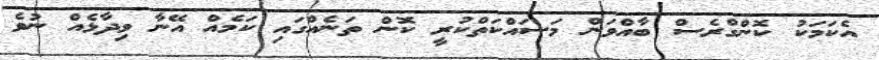
އެކަމަކު ކޮންގްރެސް ބާއްވަން މަސައްކަތްކުރީ ކޮން ތަނެއްގައި ކަމެއް އޭނާ ވިދާޅެއް ނުވެ